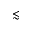
\lesssim